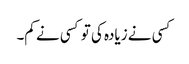
کسی نے زیادہ کی تو کسی نے کم۔